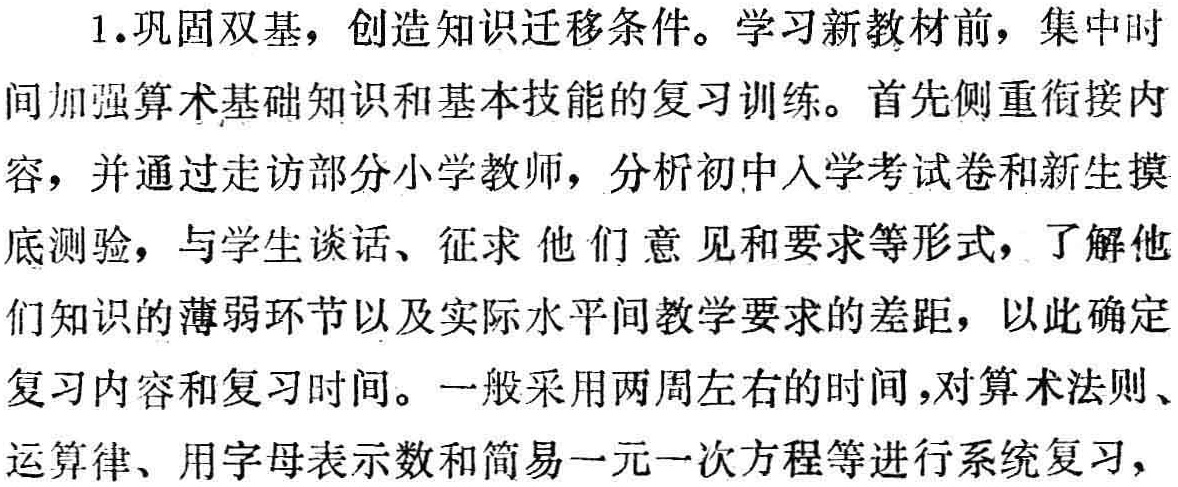
1.巩固双基，创造知识迁移条件。学习新教材前，集中时

间加强算术基础知识和基本技能的复习训练。首先侧重衔接内

容，并通过走访部分小学教师，分析初中入学考试卷和新生摸

底测验，与学生谈话、征求 他们意见和要求等形式，了解他

们知识的薄弱环节以及实际水平间教学要求的差距，以此确定

复习内容和复习时间。一般采用两周左右的时间，对算术法则、

运算律、用字母表示数和简易一元一次方程等进行系统复习，